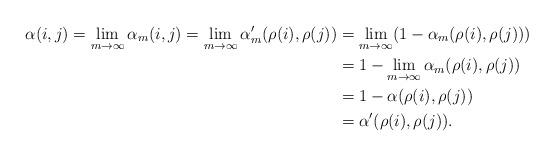
LaTeX: \begin{align*} \alpha(i,j) = \lim_{m\to \infty}\alpha_m(i,j) = \lim_{m\to \infty}\alpha_m'(\rho(i),\rho(j)) &= \lim_{m\to \infty}(1-\alpha_m(\rho(i),\rho(j))) \\&= 1-\lim_{m\to \infty}\alpha_m(\rho(i),\rho(j)) \\&= 1-\alpha(\rho(i),\rho(j)) \\&= \alpha'(\rho(i),\rho(j)). \end{align*}